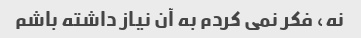
نه، فکر نمی کردم به آن نیاز داشته باشم